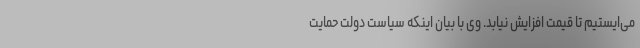
می‌ایستیم تا قیمت افزایش نیابد. وی با بیان اینکه سیاست دولت حمایت